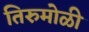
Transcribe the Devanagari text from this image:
तिरुमोळी